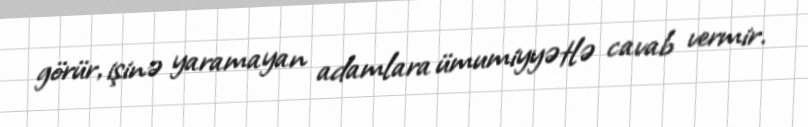
görür, işinə yaramayan adamlara ümumiyyətlə cavab vermir.